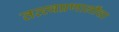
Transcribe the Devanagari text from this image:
तत्त्वप्रणालींचा